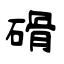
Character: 磆